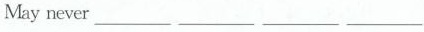
May never___ ___ ___ ___